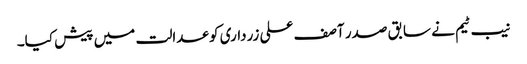
نیب ٹیم نے سابق صدر آصف علی زرداری کو عدالت میں پیش کیا۔